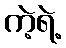
ကဲ့ရဲ့